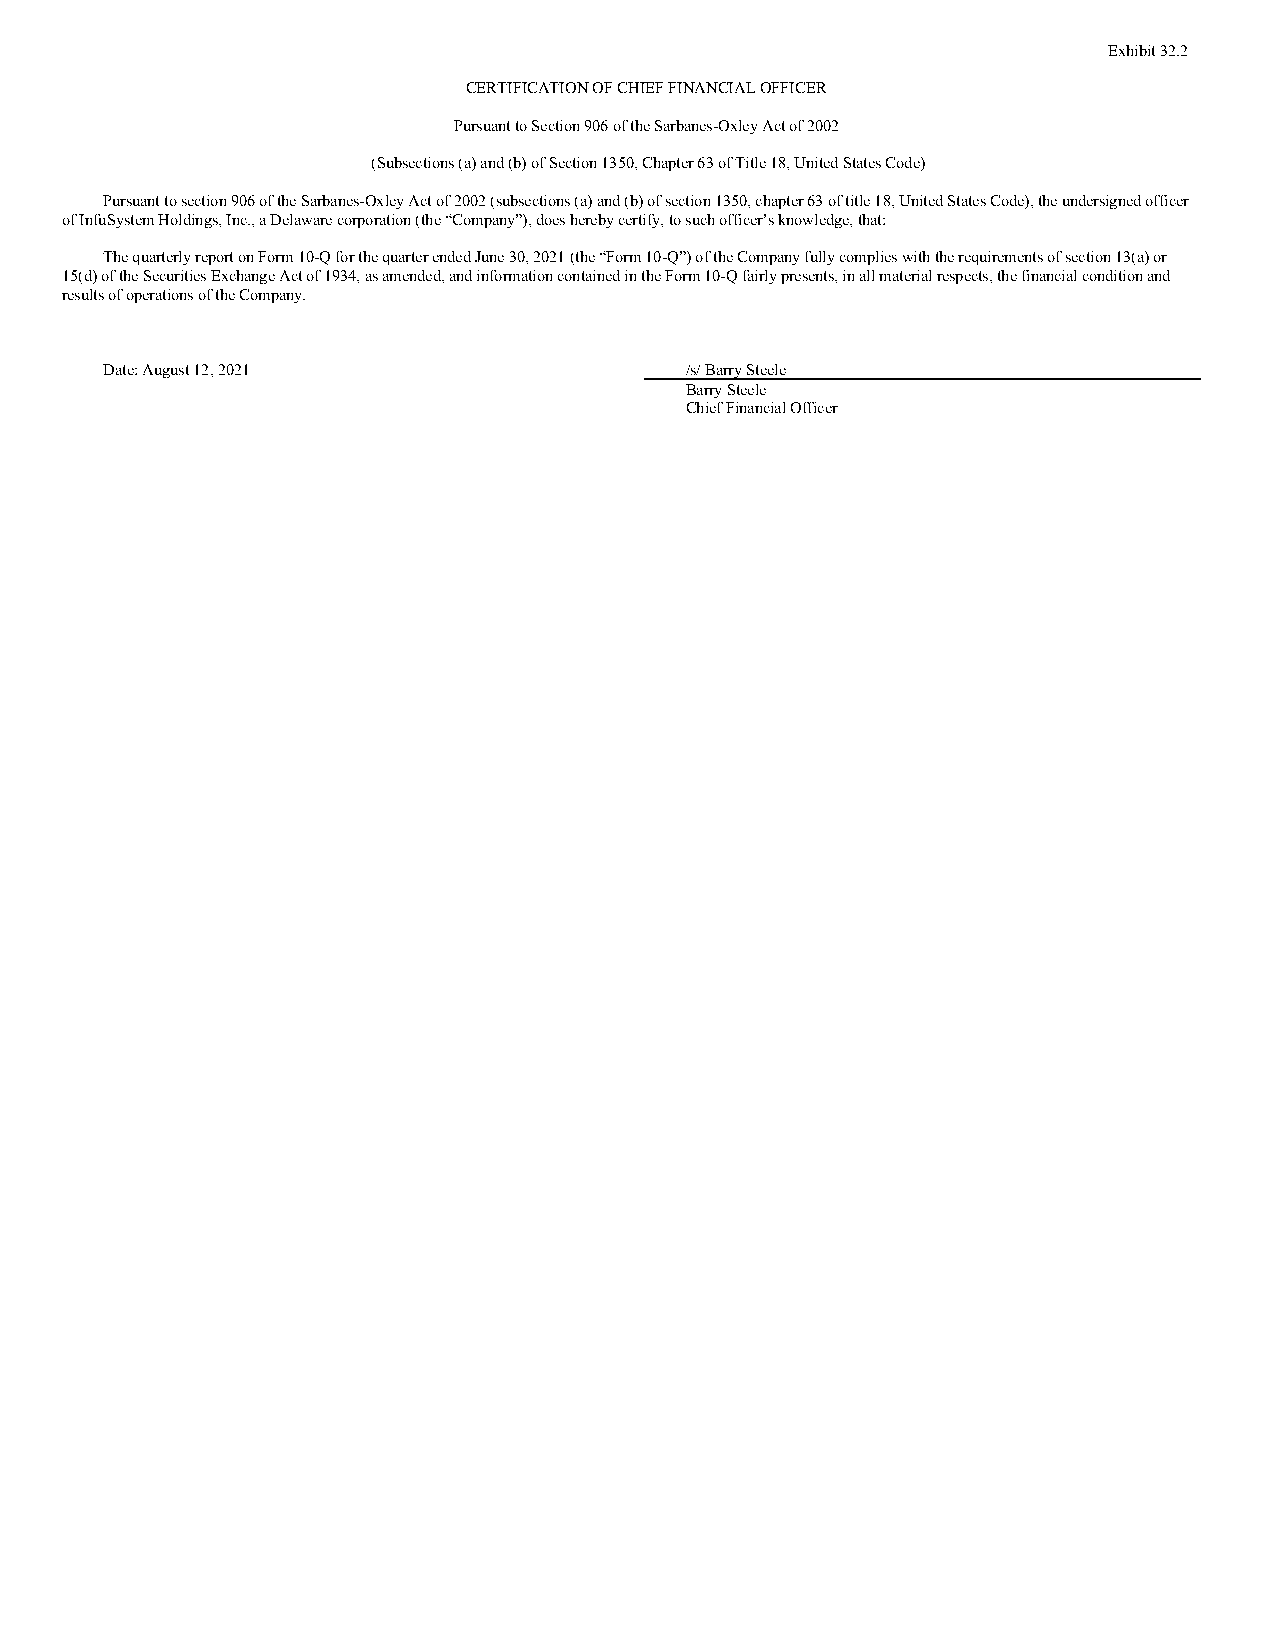
Exhibit 32.2
 CERTIFICATION OF CHIEF FINANCIAL OFFICER
 Pursuant to Section 906 of the Sarbanes-Oxley Act of 2002
 (Subsections (a) and (b) of Section 1350, Chapter 63 of Title 18, United States Code)
 Pursuant to section 906 of the Sarbanes-Oxley Act of 2002 (subsections (a) and (b) of section 1350, chapter 63 of title 18, United States Code), the undersigned officer
 of InfuSystem Holdings, Inc., a Delaware corporation (the “Company”), does hereby certify, to such officer’s knowledge, that:
 The quarterly report on Form 10-Q for the quarter ended June 30, 2021 (the “Form 10-Q”) of the Company fully complies with the requirements of section 13(a) or
 15(d) of the Securities Exchange Act of 1934, as amended, and information contained in the Form 10-Q fairly presents, in all material respects, the financial condition and
 results of operations of the Company.
 Date: August 12, 2021                 /s/ Barry Steele
 Barry Steele
 Chief Financial Officer